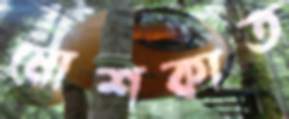
মোশকাত